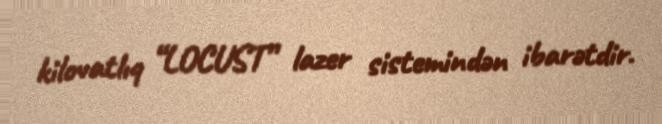
kilovatlıq “LOCUST” lazer sistemindən ibarətdir.